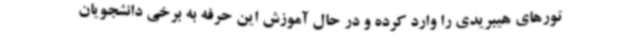
تورهای هیبریدی را وارد کرده و در حال آموزش این حرفه به برخی دانشجویان